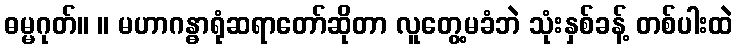
ဓမ္မဂုတ်။ ။ မဟာဂန္ဓာရုံဆရာတော်ဆိုတာ လူတွေ့မခံဘဲ သုံးနှစ်ခန့် တစ်ပါးထဲ